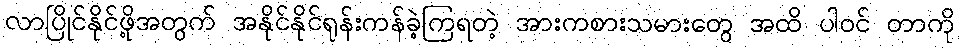
လာပြိုင်နိုင်ဖို့အတွက် အနိုင်နိုင်ရုန်းကန်ခဲ့ကြရတဲ့ အားကစားသမားတွေ အထိ ပါဝင် တာကို